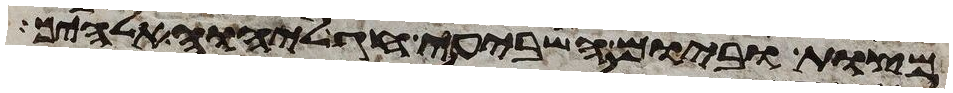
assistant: מצות וביום השביעי חג ליהוה אלהיך